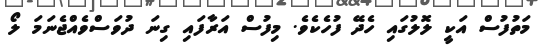
މަތުފުސް އަކީ ލޮލުގައި ހެދޭ ފުހެކެވެ. މިފުސް އަރާފައި ގިނަ ދުވަސްވެއްޖެނަމަ ލޯ